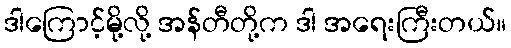
ဒါကြောင့်မို့လို့ အန်တီတို့က ဒါ အရေးကြီးတယ်။